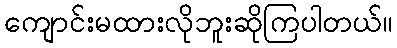
ကျောင်းမထားလိုဘူးဆိုကြပါတယ်။